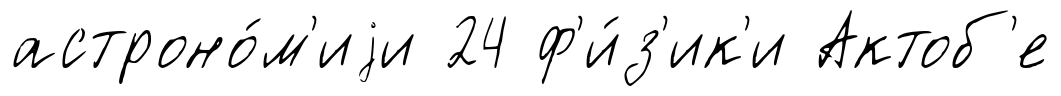
астроно́м'иjи 24 ф'и́з'ик'и Актоб'е